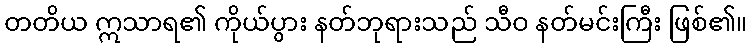
တတိယ ဣသာရ၏ ကိုယ်ပွား နတ်ဘုရားသည် သီဝ နတ်မင်းကြီး ဖြစ်၏။